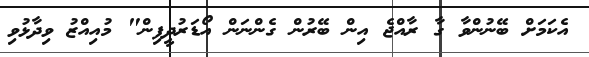
އެކަމަށް ބޭނުންވާ ގާ ރާއްޖެ އިން ބޭރުން ގެންނަން އޯޑަރުދީފިން" މުއިއްޒު ވިދާޅުވި